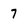
Character: 7